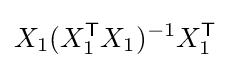
X_{1}(X_{1}^{\mathsf {T}}X_{1})^{-1}X_{1}^{\mathsf {T}}